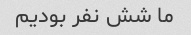
ما شش نفر بودیم